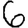
Digit: 6